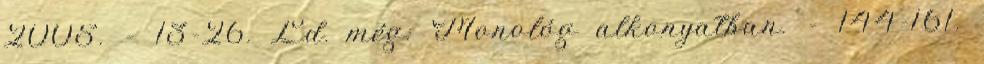
2005. – 13-26. Ld. még: Monológ alkonyatban. – 144-161.